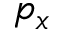
p _ { x }